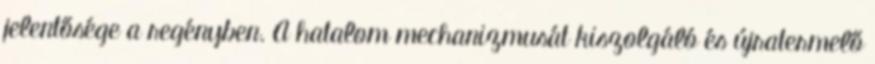
jelentősége a regényben. A hatalom mechanizmusát kiszolgáló és újratermelő